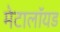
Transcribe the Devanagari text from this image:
मेटालॉयड